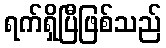
ရက်ရှိပြီဖြစ်သည်